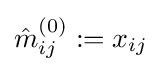
{\hat {m}}_{ij}^{(0)}:=x_{ij}